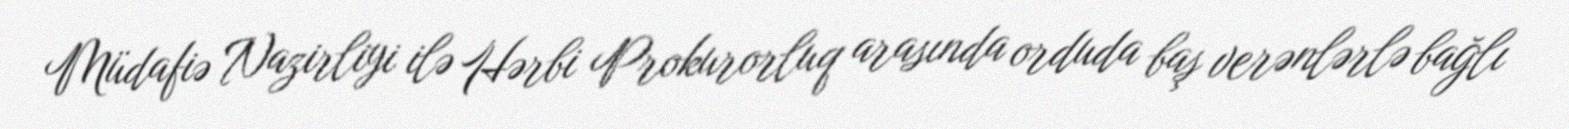
Müdafiə Nazirliyi ilə Hərbi Prokurorluq arasında orduda baş verənlərlə bağlı